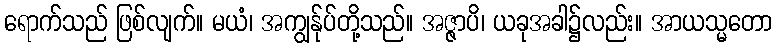
ရောက်သည် ဖြစ်လျက်။ မယံ၊ အကျွန်ုပ်တို့သည်။ အဇ္ဇာပိ၊ ယခုအခါ၌လည်း။ အာယသ္မတော